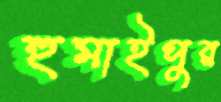
হুমাইপুর